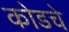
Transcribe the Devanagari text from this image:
कोडचे